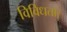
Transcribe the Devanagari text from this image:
विविधता।